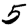
Digit: 5